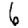
Digit: 6